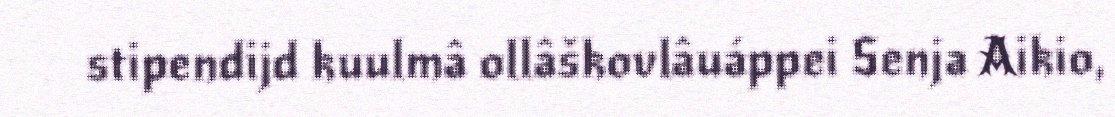
stipendijd kuulmâ ollâškovlâuáppei Senja Aikio,